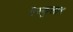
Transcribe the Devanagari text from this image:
वैस्कुलार